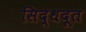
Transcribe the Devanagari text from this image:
सिद्धदूत